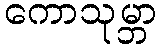
ကောသုမ္ဘာ